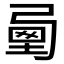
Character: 𡍯